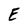
Character: E